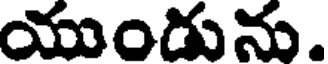
యుండును.